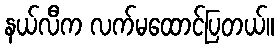
နယ်လီက လက်မထောင်ပြတယ်။